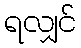
ရလျှင်